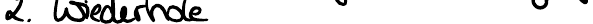
2. Wiederhole